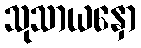
သုသာယနှော